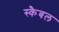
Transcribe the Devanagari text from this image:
स्कैबल